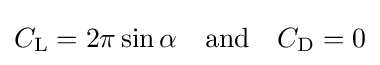
C_{\text{L}}=2\pi \sin \alpha \quad {\text{and}}\quad C_{\text{D}}=0